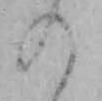
の